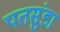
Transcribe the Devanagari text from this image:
पतसुंडा